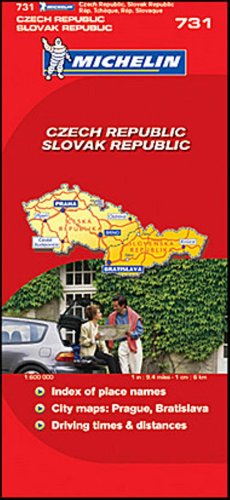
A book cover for Michelin Road Map No. 731 Czech Republic, Slovak Republic, Scale 1:600,000; Michelin Travel Publications; Travel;